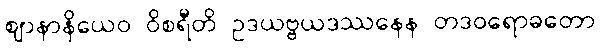
ဈာနာနိယေဝ ဝိစရီတိ ဥဒယဗ္ဗယဒဿနေန တဒဝရောဓတော